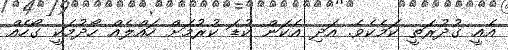
އެއީ ގުދުރަތީ ކަމެކެވެ. އަދި އެކަން ކުޑަ ކުރުމަށް ހައްލެއް ހޯދުމަކީ ގޯހެއް